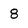
Character: 8